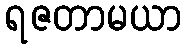
ရဇတာမယာ